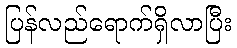
ပြန်လည်ရောက်ရှိလာပြီး